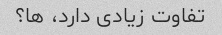
تفاوت زیادی دارد، ها؟